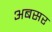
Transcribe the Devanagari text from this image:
अबसर